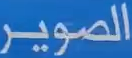
الصوير